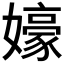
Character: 𱙰